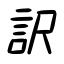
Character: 訳